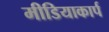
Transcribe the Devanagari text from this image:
मीडियाकार्प